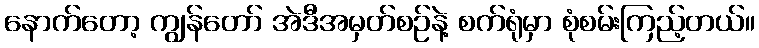
နောက်တော့ ကျွန်တော် အဲဒီအမှတ်စဉ်နဲ့ စက်ရုံမှာ စုံစမ်းကြည့်တယ်။